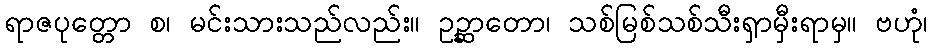
ရာဇပုတ္တော စ၊ မင်းသားသည်လည်း။ ဥဉ္ဆာတော၊ သစ်မြစ်သစ်သီးရှာမှီးရာမှ။ ဗဟုံ၊